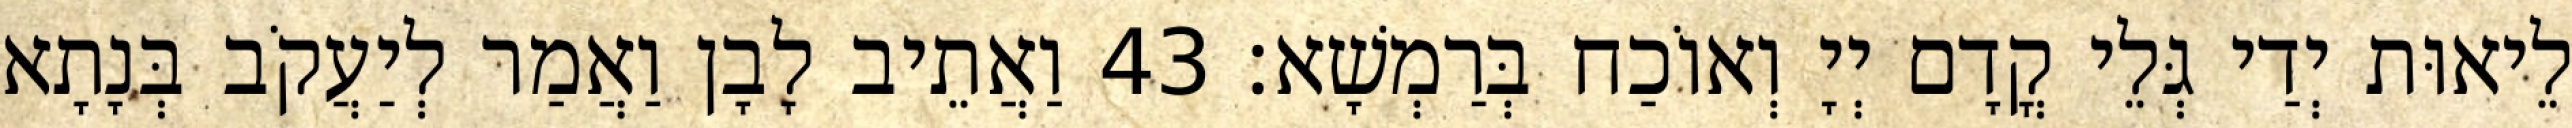
לֵיאוּת יְדַי גְּלֵי קֳדָם יְיָ וְאוֹכַח בְּרַמְשָׁא׃ 43 וַאֲתֵיב לָבָן וַאֲמַר לְיַעֲקֹב בְּנָתָא